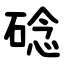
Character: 䂼